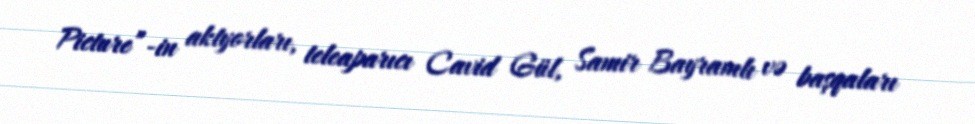
Picture”-in aktyorları, teleaparıcı Cavid Gül, Samir Bayramlı və başqaları